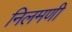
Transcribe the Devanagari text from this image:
निलमणी